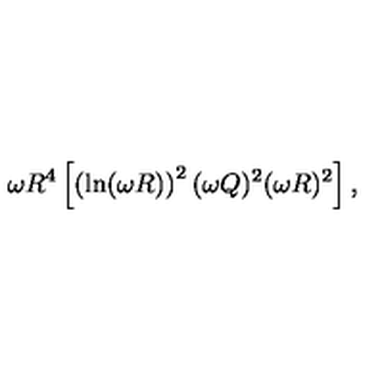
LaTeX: \omega R ^ { 4 } \left[ \left( \ln ( \omega R ) \right) ^ { 2 } ( \omega Q ) ^ { 2 } ( \omega R ) ^ { 2 } \right] ,